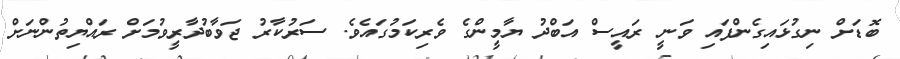
ބޮޑަށް ނިގުޅައިގެންފައި ވަނީ ރައީސް އަބްދު ޔާމީންގެ ވެރިކަމުގައެވެ. ސަރުކާރު ޖަވާބުދާރީވުމަށް ރައްޔިތުންނަށް